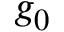
g _ { 0 }